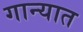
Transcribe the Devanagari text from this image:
गान्यात